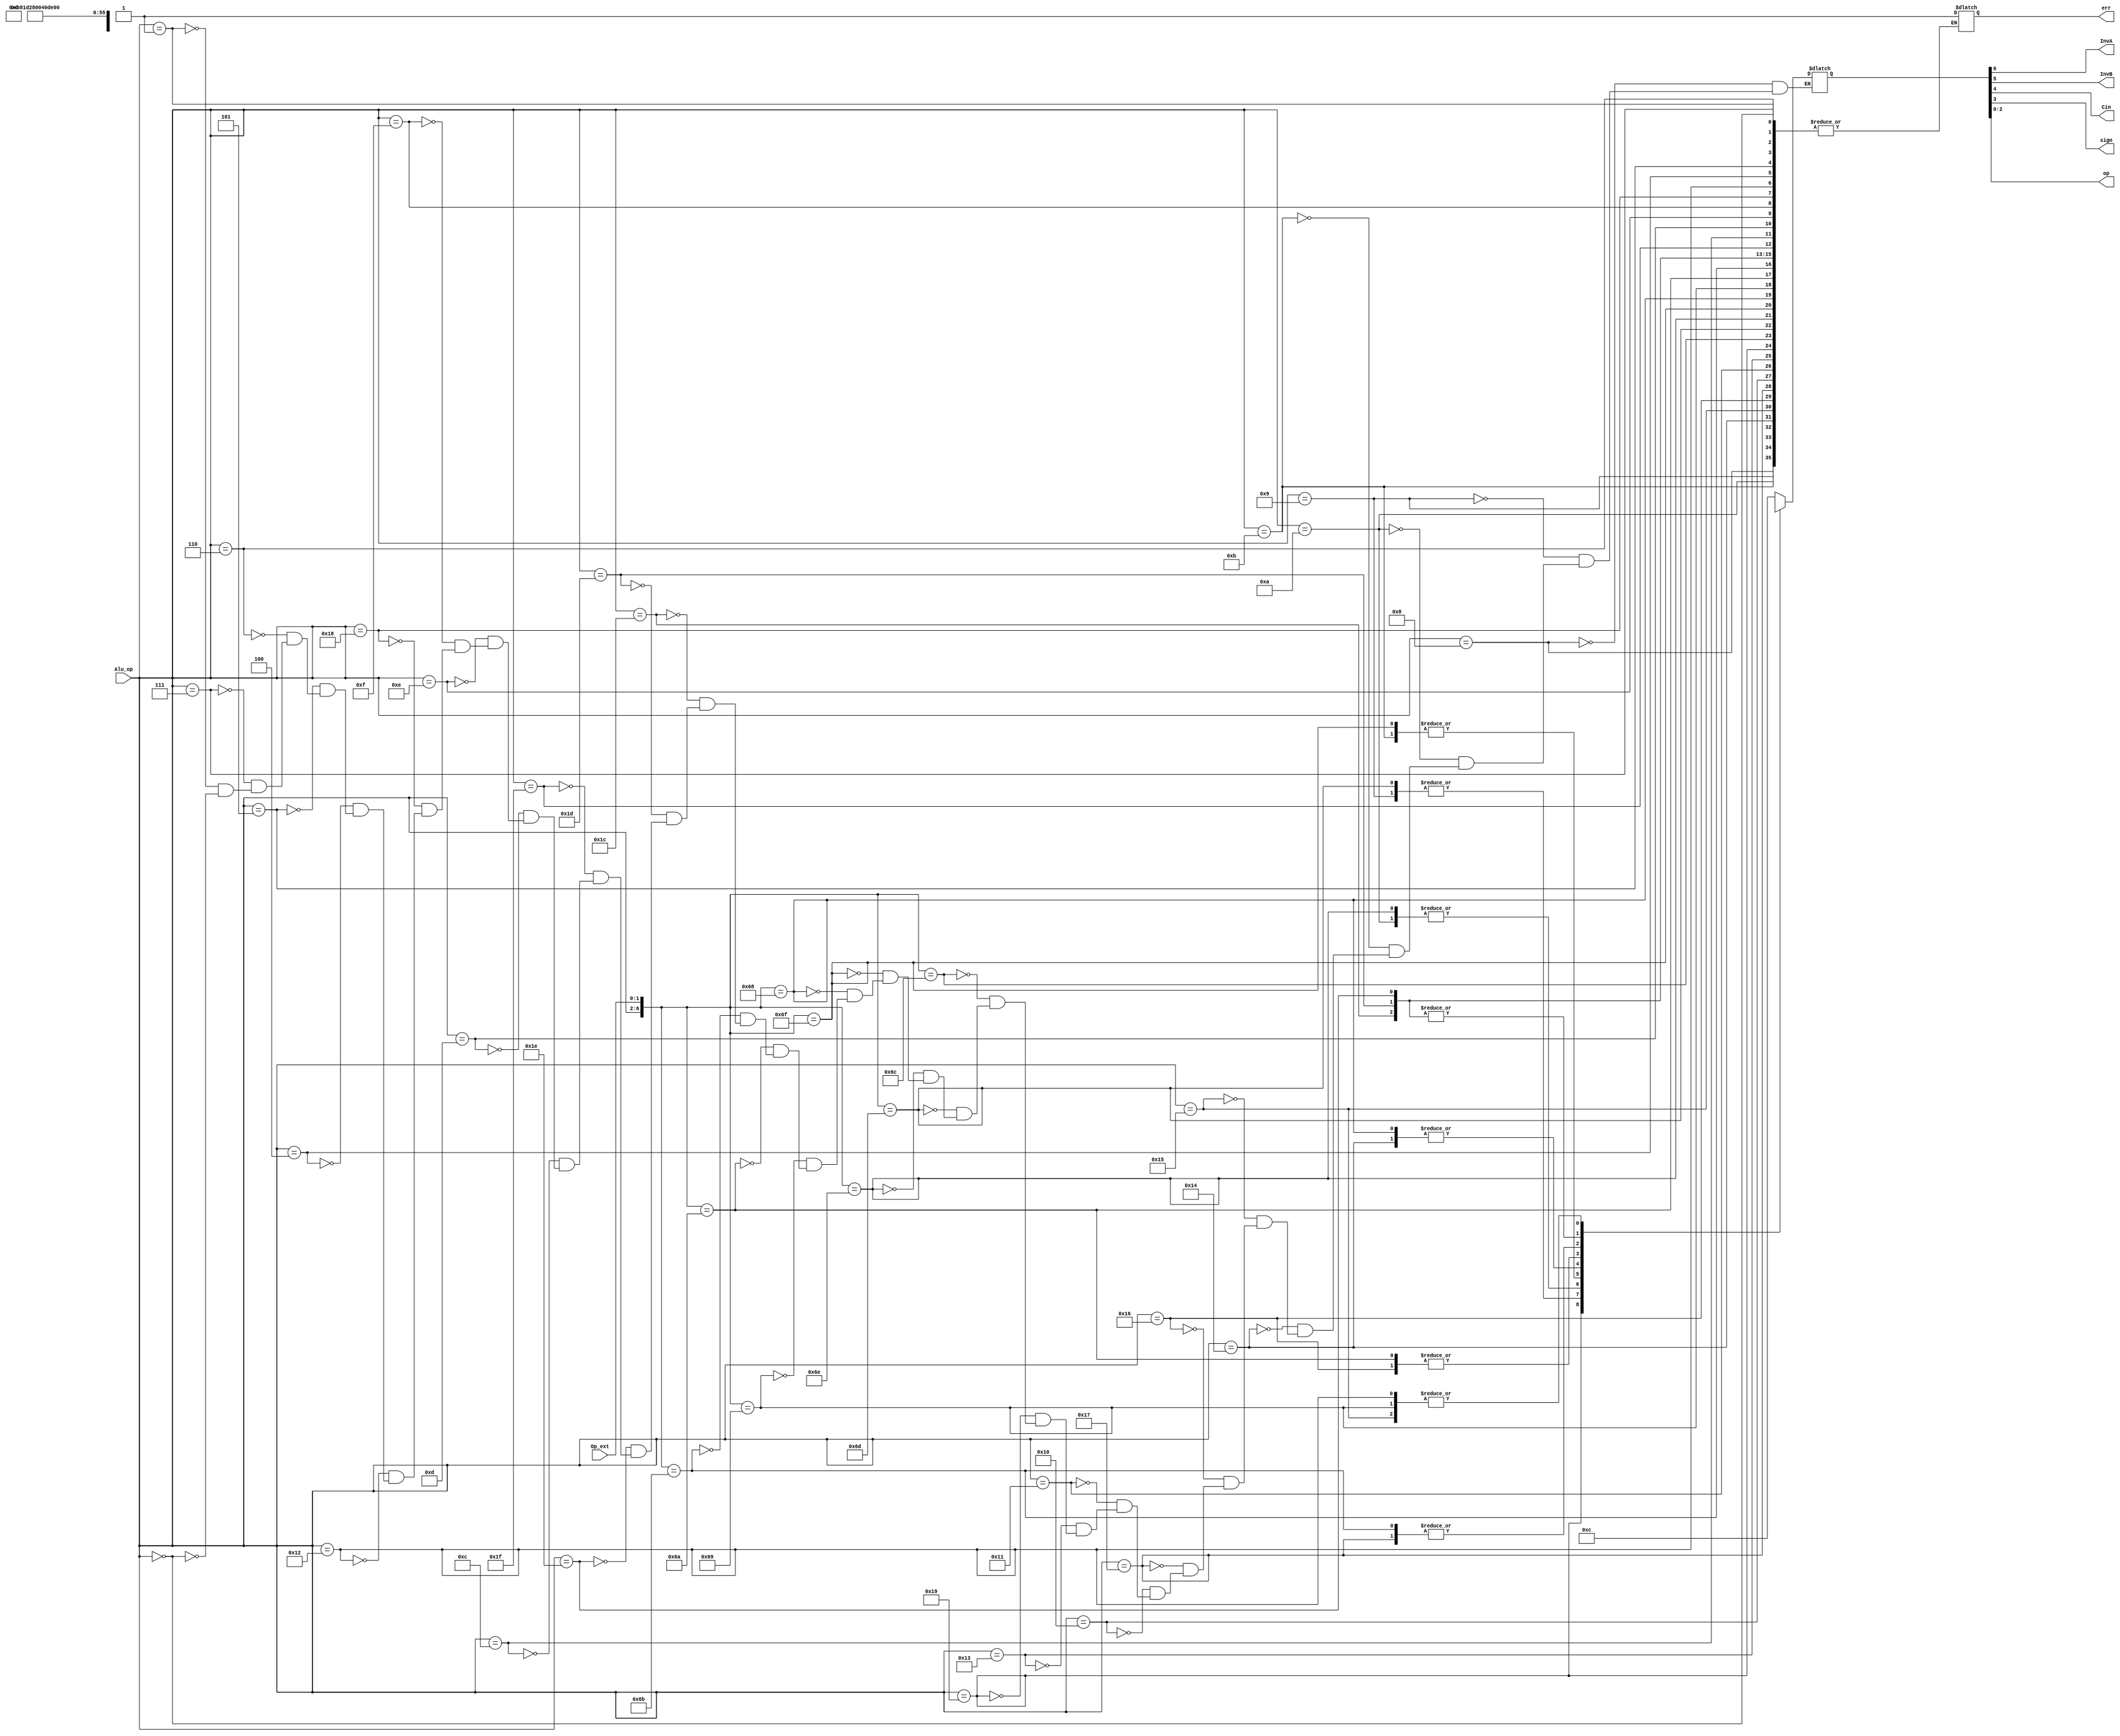
module alu_control (
	// Inputs from Decode
	Alu_op, Op_ext, 
	// Outputs to Execute
	InvA, InvB, Cin, sign, op, err
	);
input [4:0] Alu_op; 
input [1:0] Op_ext; 
output InvA, InvB, Cin, sign, err;
output [2:0] op; 

// termination
`define HALTA 7'b00000xx
`define NOPA 7'b00001xx

//I type
`define ADDIA 7'b01000xx
`define SUBIA 7'b01001xx
`define XORIA 7'b01010xx
`define ANDNIA 7'b01011xx
`define ROLIA 7'b10100xx
`define SLLIA 7'b10101xx
`define RORIA 7'b10110xx
`define SRLIA 7'b10111xx

//Mem
`define STA 7'b10000xx
`define LDA 7'b10001xx
`define STUA 7'b10011xx

//Strange one
`define BTRA 7'b11001xx

//R type
`define ADDA 7'b1101100
`define SUBA 7'b1101101
`define XORA 7'b1101110
`define ANDNA 7'b1101111
`define ROLA 7'b1101000
`define SLLA 7'b1101001
`define RORA 7'b1101010
`define SRLA 7'b1101011
`define SEQA 7'b11100xx
`define SLTA 7'b11101xx
`define SLEA 7'b11110xx
`define SCOA 7'b11111xx

//Branch
`define BEQZA 7'b01100xx
`define BNEZA 7'b01101xx
`define BLTZA 7'b01110xx
`define BGEZA 7'b01111xx

//Strange ones
`define LBIA 7'b11000xx
`define SLBIA 7'b10010xx

//J type
`define JA 7'b00100xx
`define JRA 7'b00101xx
`define JALA 7'b00110xx
`define JALRA 7'b00111xx

//For geniuses
`define SIICA 7'b00010xx
`define RTIA 7'b00011xx

reg [6:0] temp_op;
reg err_temp; 
always @*
casex ({Alu_op, Op_ext})
    default: err_temp = 1;
	`ADDIA: temp_op = 7'b0001100;
	`SUBIA: temp_op = 7'b1011100;
	`XORIA: temp_op = 7'b0000111; 
	`ANDNIA: temp_op = 7'b0100101;
	`ROLIA: temp_op = 7'b0000000;
	`SLLIA: temp_op = 7'b0000001;
	`RORIA: temp_op = 7'b0000010;
	`SRLIA: temp_op = 7'b0000011; 
	`STA: temp_op = 7'b0001100; 
	`LDA: temp_op = 7'b0001100; 
	`STUA: temp_op = 7'b0001100;
	`BTRA: temp_op = 7'b0000xxx;
	`ADDA: temp_op = 7'b0001100;
	`SUBA: temp_op = 7'b1011100;
	`XORA: temp_op = 7'b0000111;
	`ANDNA: temp_op = 7'b0100101; 
	`ROLA: temp_op = 7'b0000000;
	`SLLA: temp_op = 7'b0000001;
	`RORA: temp_op = 7'b0000010;
	`SRLA: temp_op = 7'b0000011;
	`SEQA: temp_op = 7'b0111100; 
	`SLTA: temp_op = 7'b0111100;
	`SLEA: temp_op = 7'b0111100;
	`SCOA: temp_op = 7'b0001100;
	`BEQZA: temp_op = 7'b0001100;
	`BNEZA: temp_op = 7'b0001100;
	`BLTZA: temp_op = 7'b0001100;
	`BGEZA: temp_op = 7'b0001100;
	`LBIA: temp_op = 7'bxxxxxxx; 
	`SLBIA: temp_op = 7'b0000001; 
	`JA: temp_op = 7'bxxxxxxx;
	`JRA: temp_op = 7'b0001100;
	`JALA: temp_op = 7'bxxxxxxx; 
	`JALRA: temp_op = 7'b0001100;
	`NOPA: temp_op = 7'bxxxxxxx;
	`HALTA: temp_op = 7'bxxxxxxx;
endcase

   assign InvA = temp_op[6];
   assign InvB = temp_op[5];
   assign Cin = temp_op[4];
   assign sign = temp_op[3];
   assign op = temp_op[2:0];

  assign err = (err_temp == 1);

endmodule